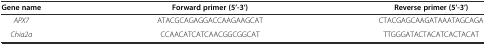
<table><thead><tr><td><b>Gene name</b></td><td><b>Forward primer (5’-3’)</b></td><td><b>Reverse primer (5’-3’)</b></td></tr></thead><tbody><tr><td><i>APX7</i></td><td>ATACGCAGAGGACCAAGAAGCAT</td><td>CTACGAGCAAGATAAATAGCAGA</td></tr><tr><td><i>Chia2a</i></td><td>CCAACATCATCAACGGCGGCAT</td><td>TTGGGATACTACATCACTACAT</td></tr></tbody></table>